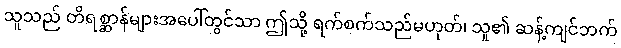
သူသည် တိရစ္ဆာန်များအပေါ်တွင်သာ ဤသို့ ရက်စက်သည်မဟုတ်၊ သူ၏ ဆန့်ကျင်ဘက်